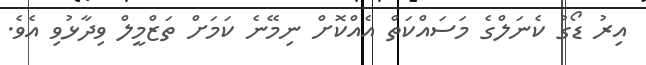
އިރު ޑޯގު ކެނަލްގެ މަސައްކަތް އެއްކޮށް ނިމޭނެ ކަމަށް ތަޒްމީލް ވިދާޅުވި އެވެ.